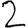
Digit: 2